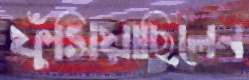
ফুঁসিয়াছিলেন